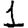
Digit: 1